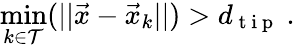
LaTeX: \operatorname*{min}_{k\in\mathcal{T}}(||\vec{x}-\vec{x}_{k}||)>d_{\mathrm{~t~i~p~}}\ .